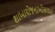
શાખાયોજનાઓસરદાર